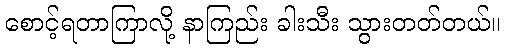
စောင့်ရတာကြာလို့ နာကြည်း ခါးသီး သွားတတ်တယ်။